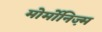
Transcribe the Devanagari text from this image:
मोर्मोनिज्‍़म